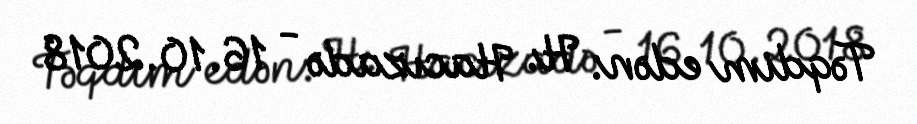
Təqdim edən: H. Hacızadə - 16.10.2018